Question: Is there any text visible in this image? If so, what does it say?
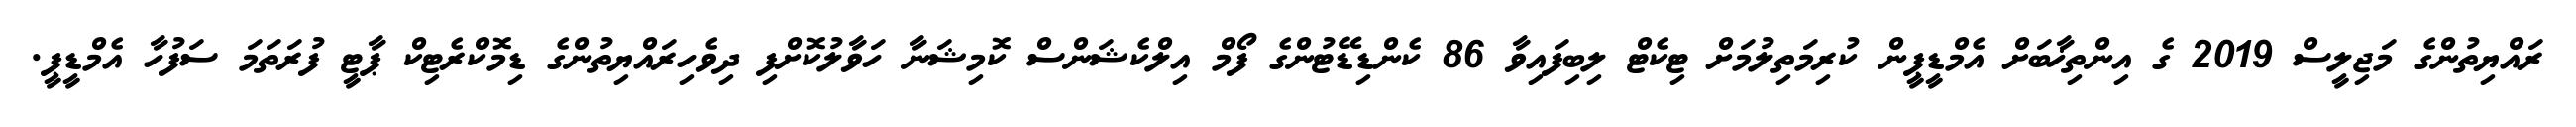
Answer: ރައްޔިތުންގެ މަޖިލީސް 2019 ގެ އިންތިޚާބަށް އެމްޑީޕީން ކުރިމަތިލުމަށް ޓިކެޓް ލިބިފައިވާ 86 ކެންޑިޑޭޓުންގެ ފޯމް އިލްކެޝަންސް ކޮމިޝަނާ ހަވާލުކޮށްފި ދިވެހިރައްޔިތުންގެ ޑިމޮކްރެޓިކް ޕާޓީ ފުރަތަމަ ސަފުހާ އެމްޑީޕީ.